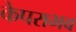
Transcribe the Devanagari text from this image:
केपराभव